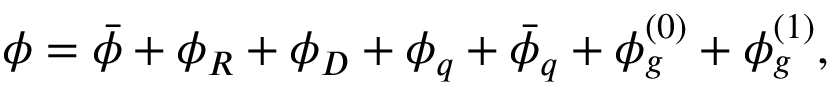
\phi = \bar { \phi } + \phi _ { R } + \phi _ { D } + \phi _ { q } + \bar { \phi } _ { q } + \phi _ { g } ^ { \left( 0 \right) } + \phi _ { g } ^ { \left( 1 \right) } ,